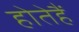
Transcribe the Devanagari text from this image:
होतेहैं